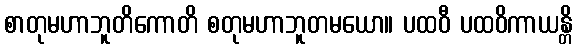
စာတုမဟာဘူတိကောတိ စတုမဟာဘူတမယော။ ပထဝီ ပထဝိကာယန္တိ